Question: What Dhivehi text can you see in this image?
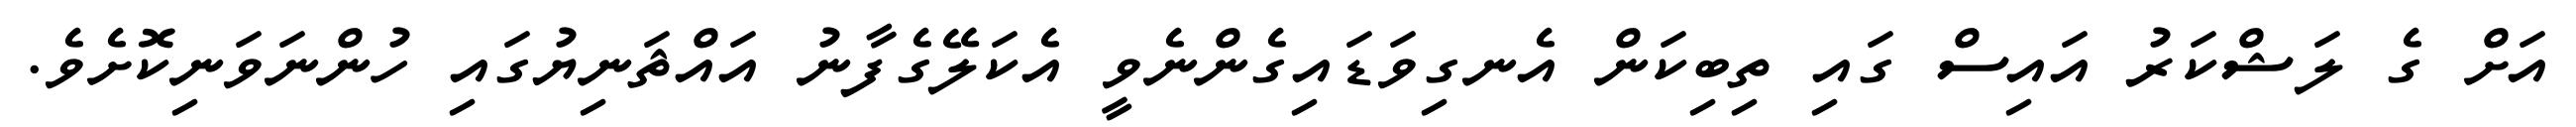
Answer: އަށް ގެ ލަޝްކަރު އައިސް ގައި ތިބިކަން އެނގިވަޑައިގެންނެވީ އެކަލޭގެފާނު އައްޘަނިޔުގައި ހުންނަވަނިކޮށެވެ.